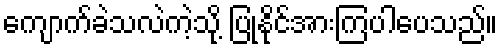
ကျောက်ခဲသလဲကဲ့သို့ ပြုနိုင်အားကြပါပေသည်။